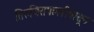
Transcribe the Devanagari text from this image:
तिरुचिरापल्लीपासून